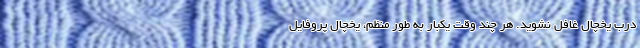
درب یخچال غافل نشوید. هر چند وقت یکبار به طور منظم، یخچال پروفایل